Indian journal of veterinary science and animal husbandry - Volume 12,
Year: 1942
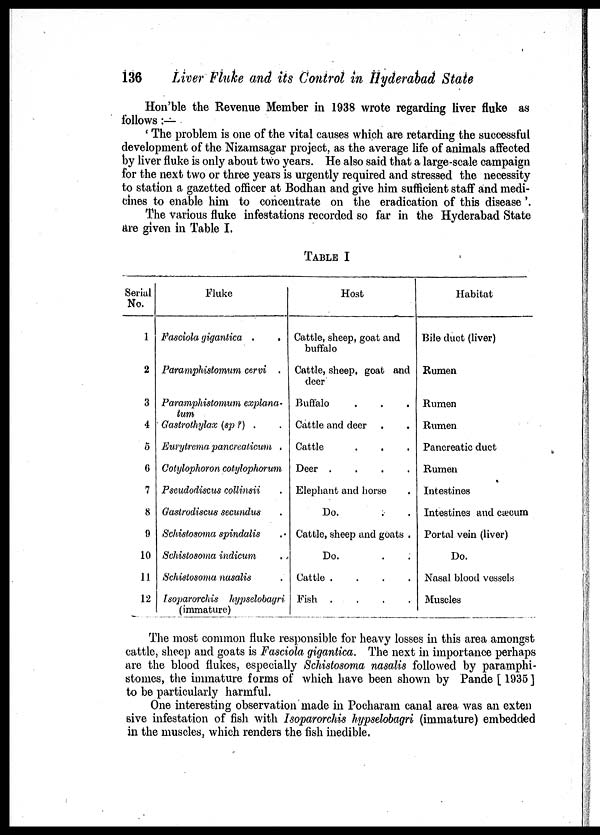
136
Liver Fluke and its Control in Hyderabad State
Hon'ble the Revenue Member in 1938 wrote regarding liver fluke as
follows:—
' The problem is one of the vital causes which are retarding the successful
development of the Nizamsagar project, as the average life of animals affected
by liver fluke is only about two years. He also said that a large-scale campaign
for the next two or three years is urgently required and stressed the necessity
to station a gazetted officer at Bodhan and give him sufficient staff and medi-
cines to enable him to concentrate on the eradication of this disease'.
The various fluke infestations recorded so far in the Hyderabad State
are given in Table I.
TABLE I
Serial
No.
1
2
3
4
5
6
7
8
9
10
11
12
Fluke
Fasciola gigantica .
.
Paramphistomum cervi .
Paramphistomum explana¬
turn
Gastrothylax (sp ?) .
Eurytrema pancreaticum .
Cotylophoron cotylophorum
Pseudodiscus collinsii
Gastrodiscus secundus
Schistosoma spindalis
Schistosoma indicum
Schistosoma nasalis
Isoparorchis hypselobagri
(immature)
Host
Cattle, sheep, goat and
buffalo
Cattle, sheep, goat and
deer
Buffalo
Cattle and deer
Cattle
Deer
....
Elephant and horse
Do.
Cattle, sheep and goats .
Do.
Cattle
....
Fish
....
Habitat
Bile duct (liver)
Rumen
Rumen
Rumen
Pancreatic duct
Rumen
Intestines
Intestines and cæcum
Portal vein (liver)
Do.
Nasal blood vessels
Muscles
The most common fluke responsible for heavy losses in this area amongst
cattle, sheep and goats is Fasciola gigantica. The next in importance perhaps
are the blood flukes, especially Schistosoma nasalis followed by paramphi¬
stomes, the immature forms of which have been shown by Pande [ 1935 ]
to be particularly harmful.
One interesting observation made in Pocharam canal area was an exten
sive infestation of fish with Isoparorchis hypselobagri (immature) embedded
in the muscles, which renders the fish inedible.